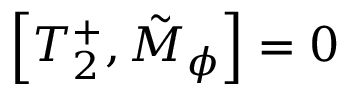
\left[ T _ { 2 } ^ { + } , \Tilde { M } _ { \phi } \right] = 0